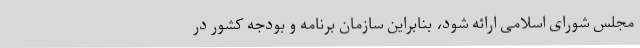
مجلس شورای اسلامی ارائه شود، بنابراین سازمان برنامه و بودجه کشور در